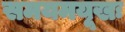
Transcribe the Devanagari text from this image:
समयमयूखः